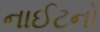
નાઈટનો